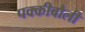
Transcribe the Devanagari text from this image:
पक्कीबौली